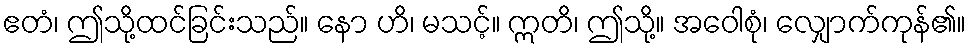
ဧတံ၊ ဤသို့ထင်ခြင်းသည်။ နော ဟိ၊ မသင့်။ ဣတိ၊ ဤသို့။ အဝေါစုံ၊ လျှောက်ကုန်၏။